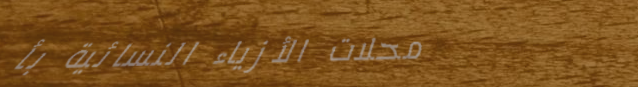
محلات الأزياء النسائية بأ